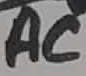
Text: AC